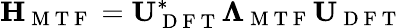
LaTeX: \mathbf{H}_{\mathrm{~M~T~F~}}=\mathbf{U}_{\mathrm{~D~F~T~}}^{*}\boldsymbol{\Lambda}_{\mathrm{~M~T~F~}}\mathbf{U}_{\mathrm{~D~F~T~}}